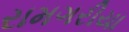
રામગરીયા